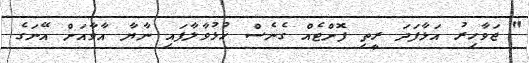
" ޖަވާހިރު އަޅާފަދަ ރީތި ފޮށްޓެއް ގެނެސް ހުޅުވާލާފައި ނާޔާ އާވާއަށް އޭނަގެ